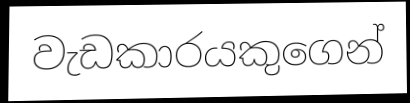
වැඩකාරයකුගෙන්